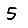
Digit: 5